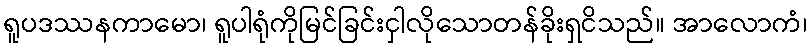
ရူပဒဿနကာမော၊ ရူပါရုံကိုမြင်ခြင်းငှါလိုသောတန်ခိုးရှငိသည်။ အာလောကံ၊